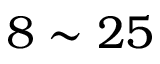
8 \sim 2 5